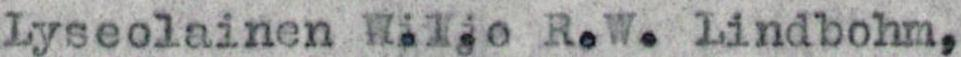
Lyseolainen Wiljo R.W. Lindbohm,